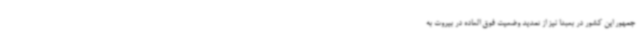
جمهور این کشور در بعبدا نیز از تمدید وضعیت فوق العاده در بیروت به